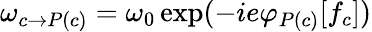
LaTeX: \omega_{c\rightarrow P(c)}=\omega_{0}\exp(-ie\varphi_{P(c)}[f_{c}])